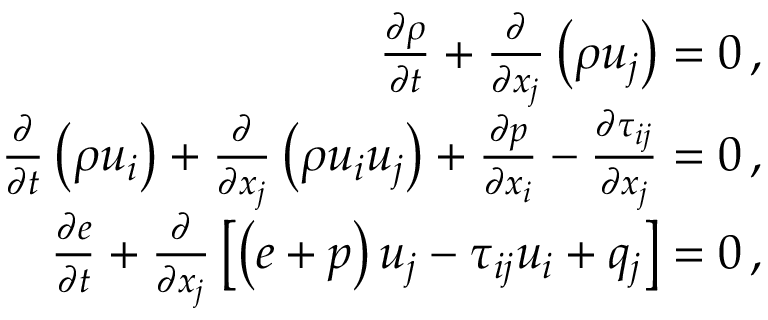
\begin{array} { r } { \frac { \partial \rho } { \partial t } + \frac { \partial } { \partial x _ { j } } \left( \rho u _ { j } \right) = 0 \, \mathrm { , } } \\ { \frac { \partial } { \partial t } \left( \rho u _ { i } \right) + \frac { \partial } { \partial x _ { j } } \left( \rho u _ { i } u _ { j } \right) + \frac { \partial p } { \partial x _ { i } } - \frac { \partial \tau _ { i j } } { \partial x _ { j } } = 0 \, \mathrm { , } } \\ { \frac { \partial e } { \partial t } + \frac { \partial } { \partial x _ { j } } \left[ \left( e + p \right) u _ { j } - \tau _ { i j } u _ { i } + q _ { j } \right] = 0 \, \mathrm { , } } \end{array}